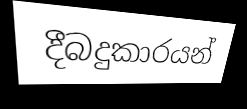
දීබදුකාරයන්